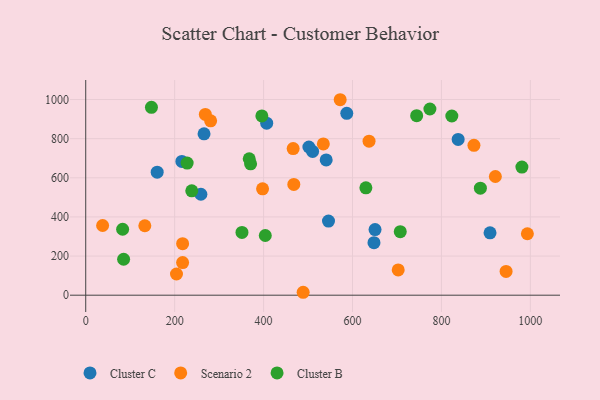
{"axis": {"x": "Distance", "y": "Fuel Efficiency"}, "legend": ["Cluster B", "Cluster C", "Scenario 2"], "data": [{"x": "216.2", "y": 683.9, "type": "Cluster C"}, {"x": "266.1", "y": 824.9, "type": "Cluster C"}, {"x": "909.3", "y": 318.6, "type": "Cluster C"}, {"x": "259.0", "y": 516.0, "type": "Cluster C"}, {"x": "510.3", "y": 734.7, "type": "Cluster C"}, {"x": "650.7", "y": 335.3, "type": "Cluster C"}, {"x": "648.3", "y": 268.2, "type": "Cluster C"}, {"x": "501.9", "y": 757.4, "type": "Cluster C"}, {"x": "407.0", "y": 879.0, "type": "Cluster C"}, {"x": "160.7", "y": 628.8, "type": "Cluster C"}, {"x": "540.8", "y": 691.4, "type": "Cluster C"}, {"x": "546.0", "y": 378.9, "type": "Cluster C"}, {"x": "837.6", "y": 795.9, "type": "Cluster C"}, {"x": "587.1", "y": 929.5, "type": "Cluster C"}, {"x": "38.0", "y": 356.1, "type": "Scenario 2"}, {"x": "217.9", "y": 263.2, "type": "Scenario 2"}, {"x": "945.4", "y": 121.5, "type": "Scenario 2"}, {"x": "637.2", "y": 787.0, "type": "Scenario 2"}, {"x": "132.9", "y": 355.0, "type": "Scenario 2"}, {"x": "280.9", "y": 891.2, "type": "Scenario 2"}, {"x": "534.4", "y": 773.2, "type": "Scenario 2"}, {"x": "204.1", "y": 108.3, "type": "Scenario 2"}, {"x": "702.8", "y": 129.1, "type": "Scenario 2"}, {"x": "921.3", "y": 606.6, "type": "Scenario 2"}, {"x": "873.1", "y": 766.0, "type": "Scenario 2"}, {"x": "489.0", "y": 14.9, "type": "Scenario 2"}, {"x": "397.7", "y": 543.4, "type": "Scenario 2"}, {"x": "217.9", "y": 166.9, "type": "Scenario 2"}, {"x": "572.3", "y": 999.0, "type": "Scenario 2"}, {"x": "468.0", "y": 566.0, "type": "Scenario 2"}, {"x": "269.0", "y": 924.1, "type": "Scenario 2"}, {"x": "993.3", "y": 314.1, "type": "Scenario 2"}, {"x": "466.5", "y": 749.4, "type": "Scenario 2"}, {"x": "228.1", "y": 675.2, "type": "Cluster B"}, {"x": "85.2", "y": 183.6, "type": "Cluster B"}, {"x": "823.4", "y": 915.9, "type": "Cluster B"}, {"x": "370.8", "y": 671.3, "type": "Cluster B"}, {"x": "403.8", "y": 305.0, "type": "Cluster B"}, {"x": "83.0", "y": 336.9, "type": "Cluster B"}, {"x": "981.0", "y": 654.7, "type": "Cluster B"}, {"x": "887.6", "y": 547.1, "type": "Cluster B"}, {"x": "238.5", "y": 533.5, "type": "Cluster B"}, {"x": "707.4", "y": 324.4, "type": "Cluster B"}, {"x": "630.1", "y": 548.9, "type": "Cluster B"}, {"x": "367.7", "y": 697.4, "type": "Cluster B"}, {"x": "396.1", "y": 916.1, "type": "Cluster B"}, {"x": "774.1", "y": 951.7, "type": "Cluster B"}, {"x": "147.8", "y": 960.0, "type": "Cluster B"}, {"x": "744.3", "y": 917.4, "type": "Cluster B"}, {"x": "351.4", "y": 320.6, "type": "Cluster B"}]}